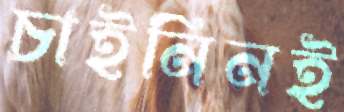
চাইনিনই